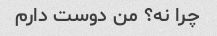
چرا نه؟ من دوست دارم